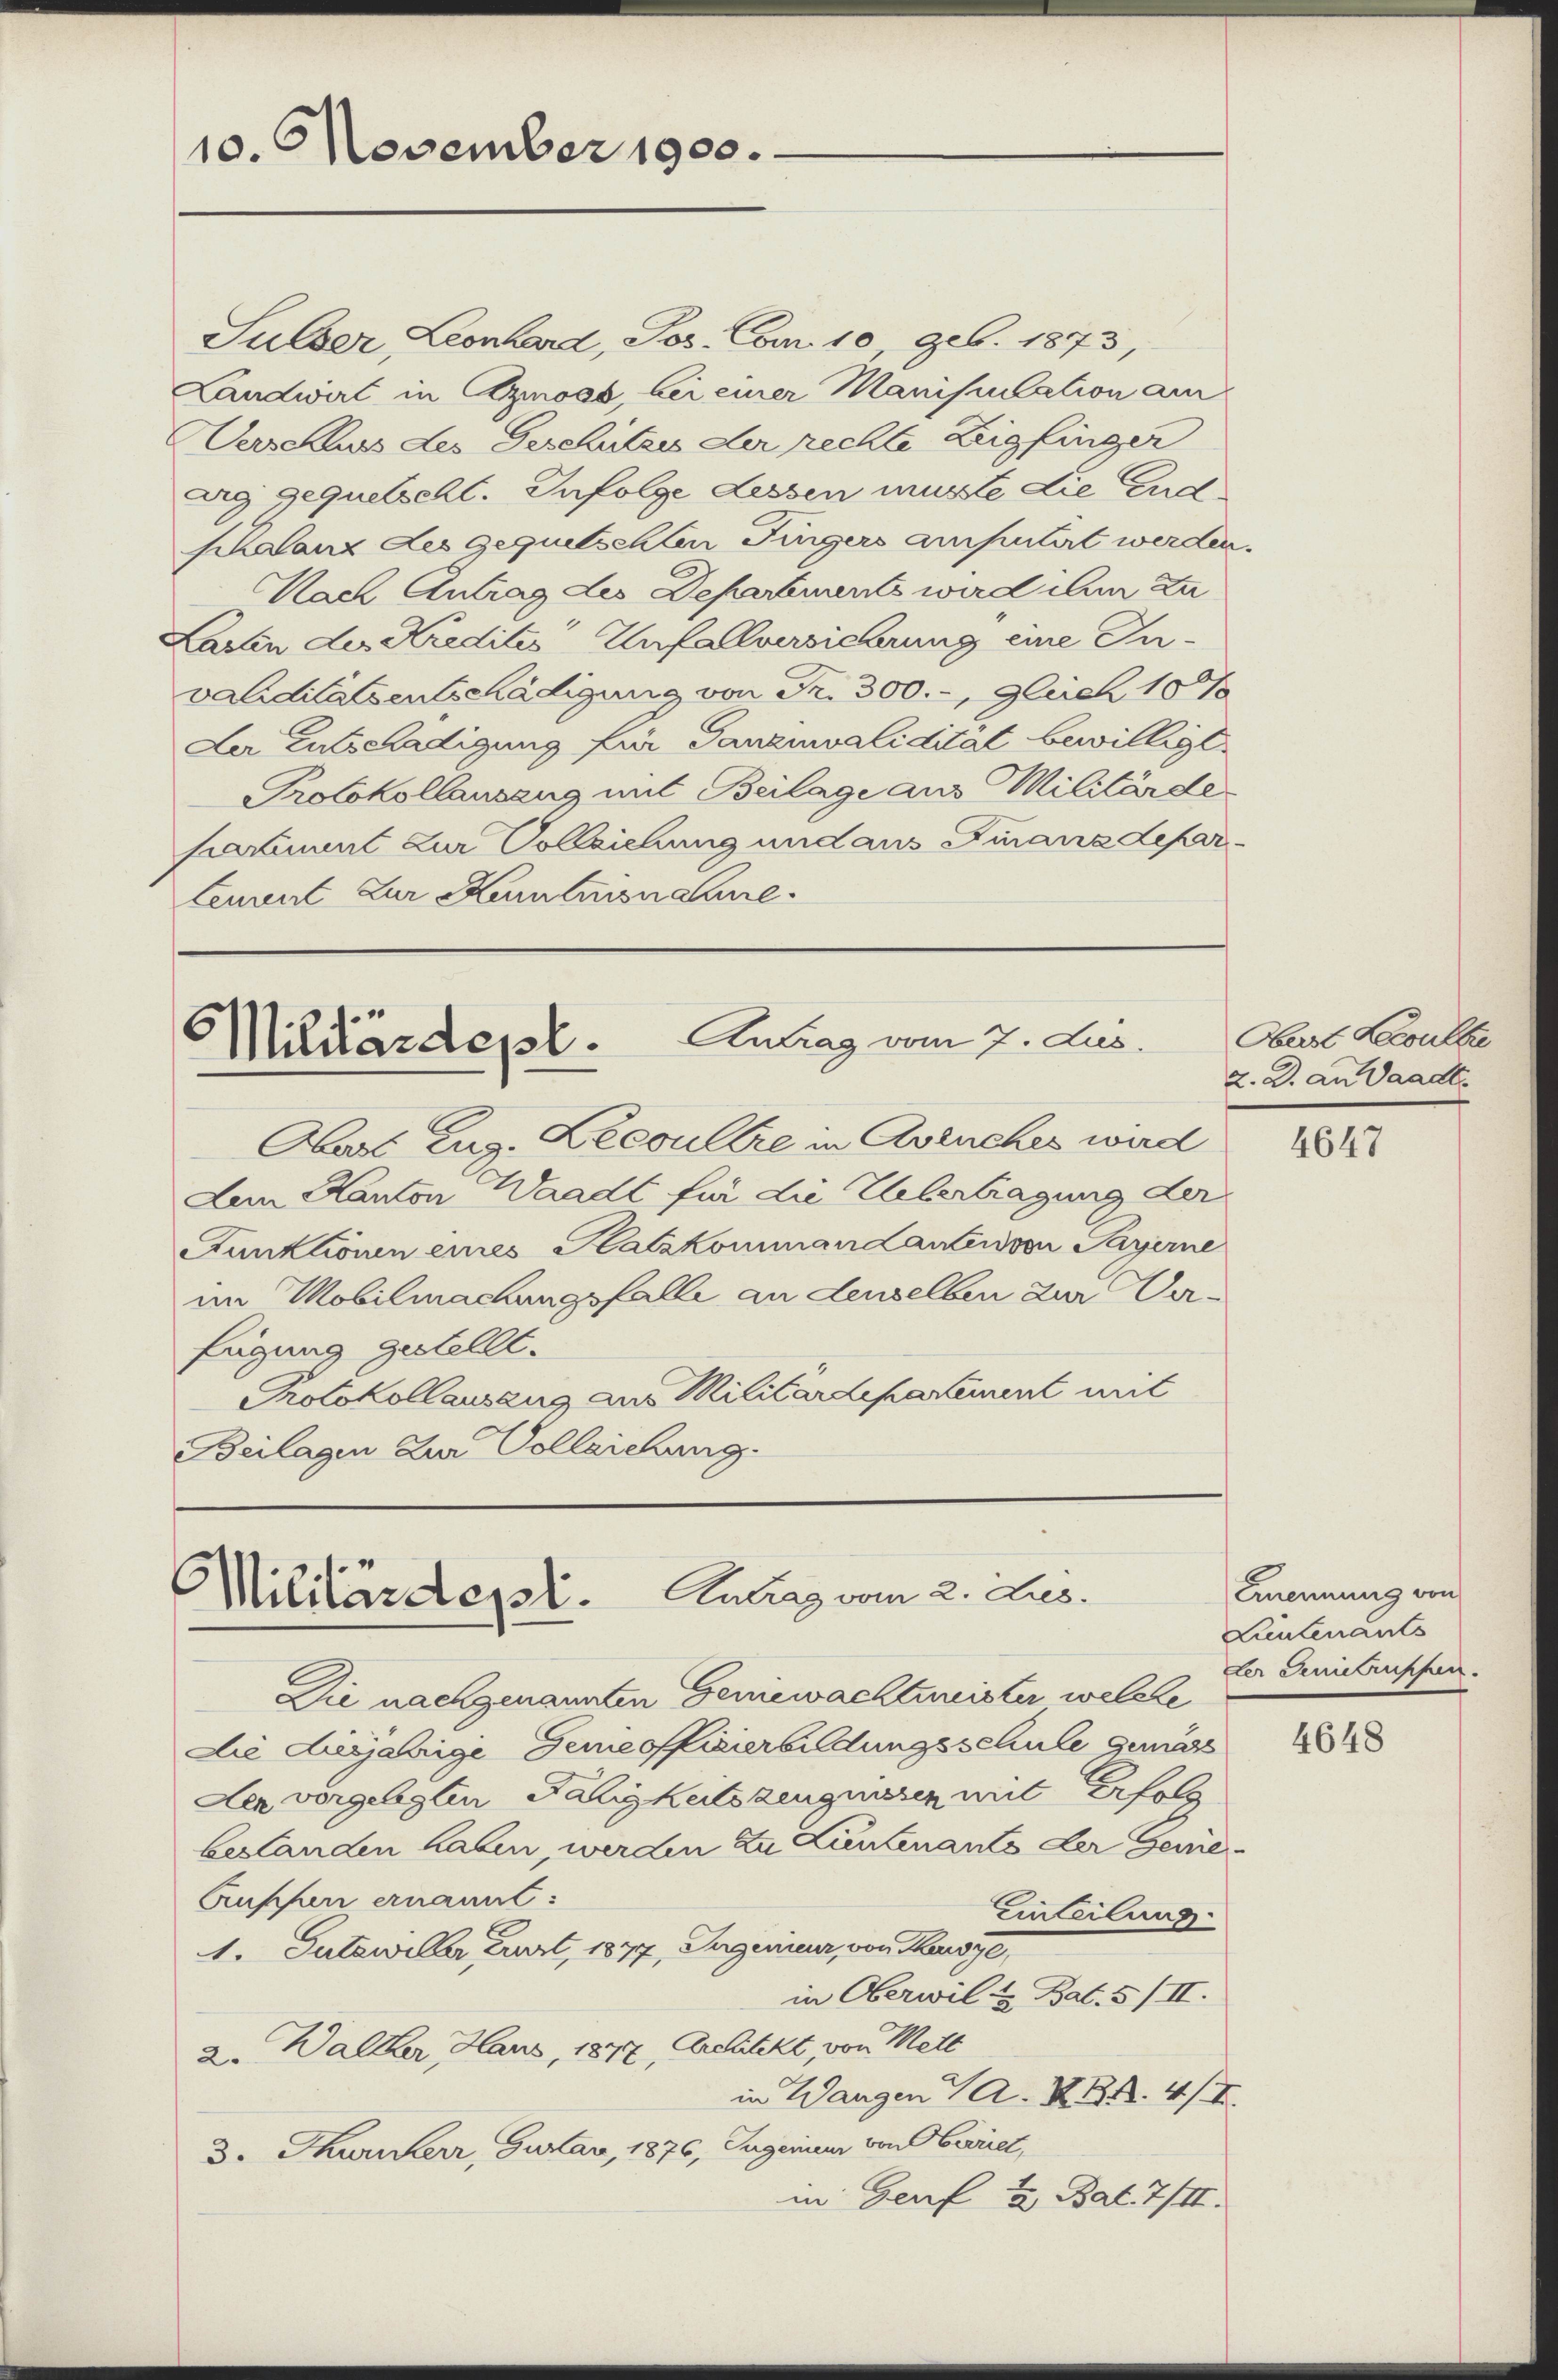
10. November 1900.

Sulber, Leonhard, Jos. Com. 10, geb. 1873,
Landwirt in Azmoss, bei einer Manipulation am
Verschaus des Geschützes der rechte Zeigfinger
arg gequetschl. Infolge Lessen musste die Endschalanz des gequetschten Fingers amputirt werden.
Nach Antrag des Departmants wird ihm zu
Lasten des Kreditio Unfallversicherung eine Invaliditätsentschädigung von Fr. 300.-, gleich 107
Der Entschadigung für Tanzmvalidität bewilligt
Protokollausang mit Beilage aus Militärde
samt zur Vollziehung und aus Finanzdepar¬
Lenwart zur Kenntnisnahme

Antrag vom 7. dus.
Militärdepl.

Obers Zug. Leeoultre in Avenches ward
Lem Kanton Waadt für die Uebertragung der
Funktionen eines Hatzkommandanten von Payerne
im Mobilmachungsfalle an denselben zur Verfügung gestellt.
Protokollausung aus Militärdepartement mit
Beilagen zur Vollziehung

Antrag vom 2. Lus.
Militärdept.

Die nachgenannten Gemewachtunister welche
Die Ausjährige Temeoffizierbildungsschule gemäss
Der vorgelegten Fähigkeitszeugnissen mit Erfolg
beslanden haben, werden zu Lieutenants der Genie
Kupfer ernannt:
1. Gutswiller Cart, 1877, Ingenieur, von Kaisye,
in Oberwil & Bat. 5/II.
2. Walker Haus, 1877, Architekt, von Mett
in Wangen A. ZB 4/I.
3. Thurnerr, Jurar, 1876, Jugenieur von Oberriet,
in Genf u. Bat. 7/II.

Einteilung

Oberst Leesulte
2. d. an Waadt.

Ernennung von
Lieutenants
er Gertruppen.

4647

4648